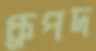
ধ্রুপদ